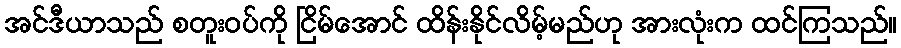
အင်ဒီယာသည် စတူးဝပ်ကို ငြိမ်အောင် ထိန်းနိုင်လိမ့်မည်ဟု အားလုံးက ထင်ကြသည်။